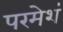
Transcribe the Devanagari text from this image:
परमेशं